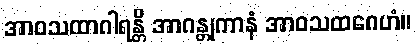
အာဝသထာဂါရန္တိ အာဂန္တုကာနံ အာဝသထဂေဟံ။